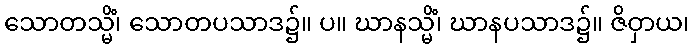
သောတသ္မိံ၊ သောတပသာဒ၌။ ပ။ ဃာနသ္မိံ၊ ဃာနပသာဒ၌။ ဇိဝှာယ၊